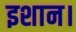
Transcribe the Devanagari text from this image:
इशान।